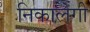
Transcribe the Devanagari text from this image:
निकालेगी